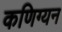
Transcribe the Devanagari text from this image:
कणिग्यन